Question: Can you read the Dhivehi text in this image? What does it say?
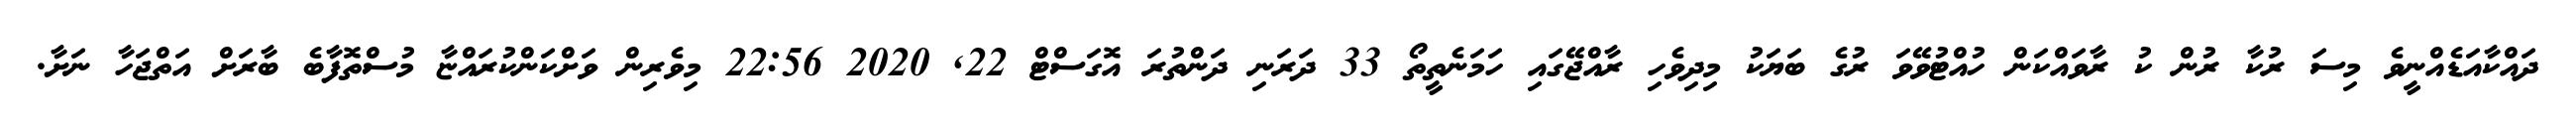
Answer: ދައްކާއަޑެއްނީވެ މިސަ ރުކާ ރުން ކު ރާވައްކަން ހުއްޓުވޭވަ ރުގެ ބަޔަކު މިދިވެހި ރާއްޖޭގައި ހަމަނެތީތޯ 33 ދަރަނި ދަންތުރަ އޮގަސްޓް 22, 2020 22:56 މިވެރިން ވަށްކަންކުރައްޏާ މުސްތޮފާބެ ބާރަށް އަތްޖަހާ ނަށާ.